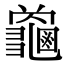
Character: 𮯜